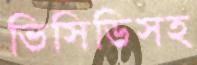
ভিসিডিসহ